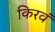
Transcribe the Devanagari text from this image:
किरवं